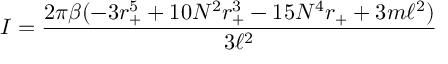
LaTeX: I = \frac { 2 \pi \beta ( - 3 r _ { + } ^ { 5 } + 1 0 N ^ { 2 } r _ { + } ^ { 3 } - 1 5 N ^ { 4 } r _ { + } + 3 m \ell ^ { 2 } ) } { 3 \ell ^ { 2 } }